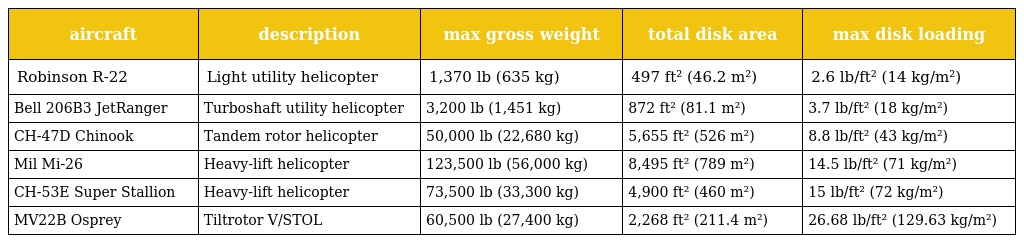
| aircraft | description | max gross weight | total disk area | max disk loading |
 | --- | --- | --- | --- | --- |
 | Robinson R-22 | Light utility helicopter | 1,370 lb (635 kg) | 497 ft² (46.2 m²) | 2.6 lb/ft² (14 kg/m²) |
 | Bell 206B3 JetRanger | Turboshaft utility helicopter | 3,200 lb (1,451 kg) | 872 ft² (81.1 m²) | 3.7 lb/ft² (18 kg/m²) |
 | CH-47D Chinook | Tandem rotor helicopter | 50,000 lb (22,680 kg) | 5,655 ft² (526 m²) | 8.8 lb/ft² (43 kg/m²) |
 | Mil Mi-26 | Heavy-lift helicopter | 123,500 lb (56,000 kg) | 8,495 ft² (789 m²) | 14.5 lb/ft² (71 kg/m²) |
 | CH-53E Super Stallion | Heavy-lift helicopter | 73,500 lb (33,300 kg) | 4,900 ft² (460 m²) | 15 lb/ft² (72 kg/m²) |
 | MV22B Osprey | Tiltrotor V/STOL | 60,500 lb (27,400 kg) | 2,268 ft² (211.4 m²) | 26.68 lb/ft² (129.63 kg/m²) |